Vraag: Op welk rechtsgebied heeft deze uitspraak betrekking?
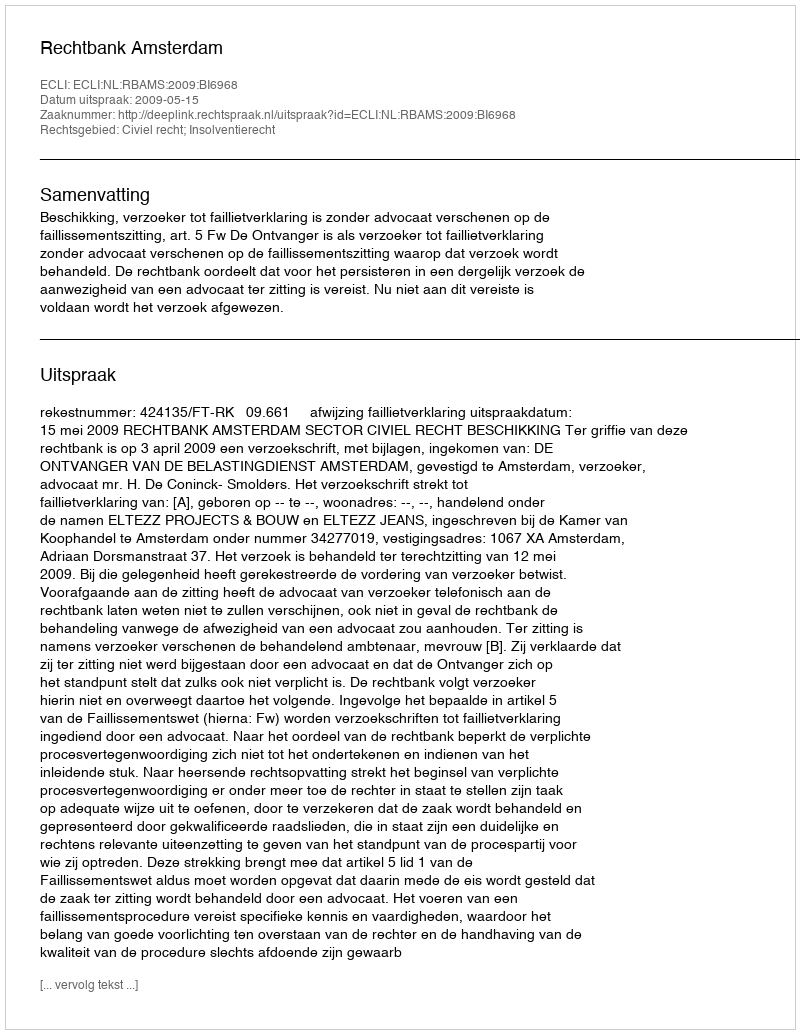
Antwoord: Civiel recht; Insolventierecht